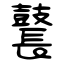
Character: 鼚